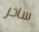
ساخر